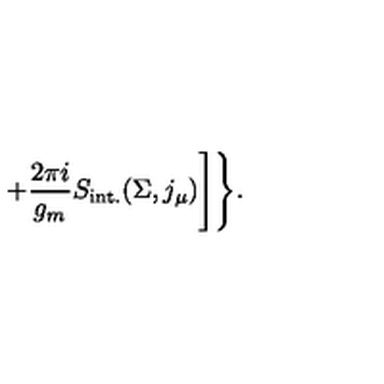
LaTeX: + \frac { 2 \pi i } { g _ { m } } S _ { \mathrm { i n t . } } ( \Sigma , j _ { \mu } ) \Biggr ] \Biggr \} .